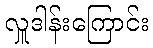
လှူဒါန်းကြောင်း